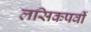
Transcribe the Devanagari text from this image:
लसिकपर्वी